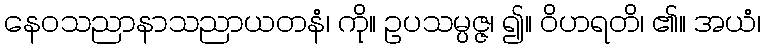
နေဝသညာနာသညာယတနံ၊ ကို။ ဥပသမ္ပဇ္ဇ၊ ၍။ ဝိဟရတိ၊ ၏။ အယံ၊